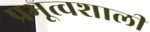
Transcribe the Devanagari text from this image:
प्रभूत्वशाली